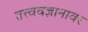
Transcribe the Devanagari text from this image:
तत्त्ववज्ञानावर